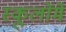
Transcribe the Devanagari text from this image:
स्कूलोंमें